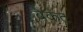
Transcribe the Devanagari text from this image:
बेकट